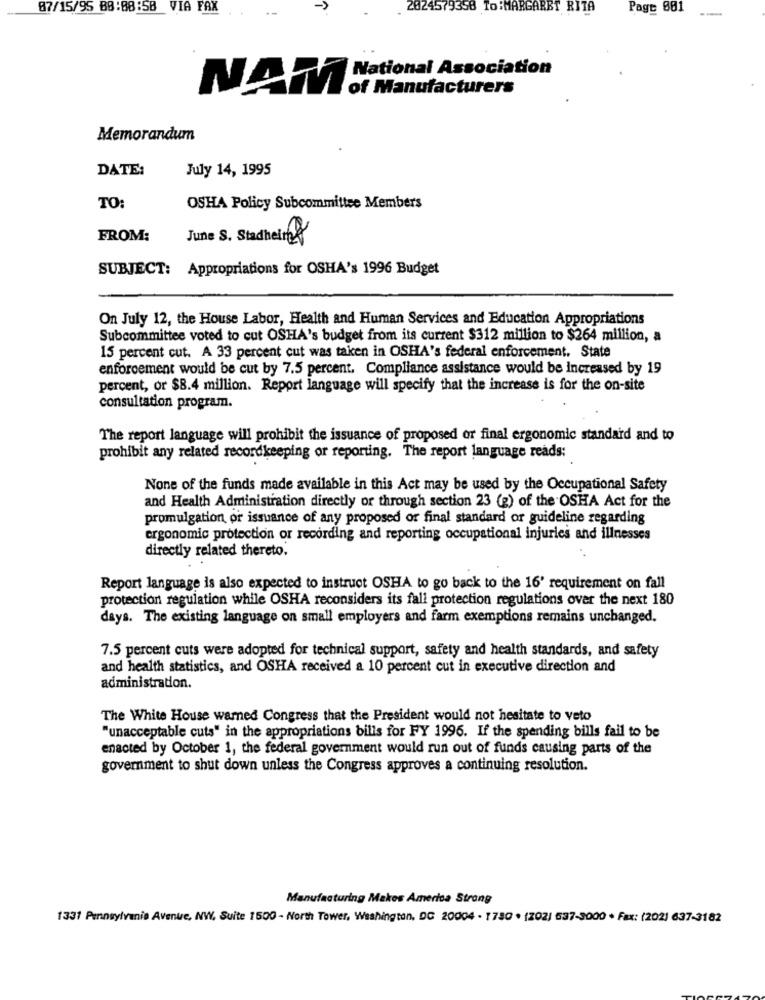
87/15/95 88:88:58
VIA FAX
2024579358 To:MARGARET RITA
Page 881
National Association
NAM
of Manufacturers
Memorandum
DATE:
July 14, 1995
TO:
OSHA Policy Subcommittee Members
FROM:
June S. Stadhelt &
SUBJECT: Appropriations for OSHA's 1996 Budget
On July 12, the House Labor, Health and Human Services and Education Appropriations
Subcommittee voted to cut OSHA's budget from its current $312 million to $264 million, a
15 percent cut. A 33 percent cut was taken in OSHA's federal enforcement. State
enforcement would be cut by 7.5 percent. Compliance assistance would be increased by 19
percent, or $8.4 million. Report language will specify that the increase is for the on-site
consultation program.
The report language will prohibit the issuance of proposed or final ergonomic standard and to
prohibit any related recordkeeping or reporting. The report language reads:
None of the funds made available in this Act may be used by the Occupational Safety
and Health Administration directly or through section 23 (g) of the OSHA Act for the
promulgation or issuance of any proposed or final standard or guideline regarding
ergonomic protection or recording and reporting occupational injuries and illnesses
directly related thereto.
Report language is also expected to instruct OSHA to go back to the 16' requirement on fall
protection regulation while OSHA reconsiders its fall protection regulations over the next 180
days. The existing language on small employers and farm exemptions remains unchanged.
7.5 percent cuts were adopted for technical support, safety and health standards, and safety
and health statistics, and OSHA received a 10 percent cut in executive direction and
administration.
The White House warned Congress that the President would not hesitate to veto
"unacceptable cuts" in the appropriations bills for FY 1996. If the spending bills fail to be
enacted by October 1, the federal government would run out of funds causing parts of the
government to shut down unless the Congress approves a continuing resolution.
Manufacturing Makos America Strong
1331 Pennsylvania Avenue, NW, Suite 1500 - North Tower, Washington, DC 20004 - 1780 . (202) 537-3000 · Fax: (202) 637-3182